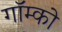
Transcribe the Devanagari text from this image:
गॉम्को